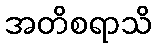
အတိစရာသိ